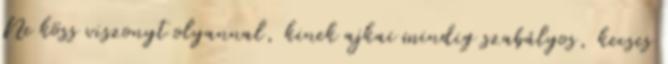
Ne köss viszonyt olyannal, kinek ajkai mindig szabályos, kecses